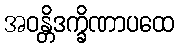
အဝန္တိဒက္ခိဏာပထေ